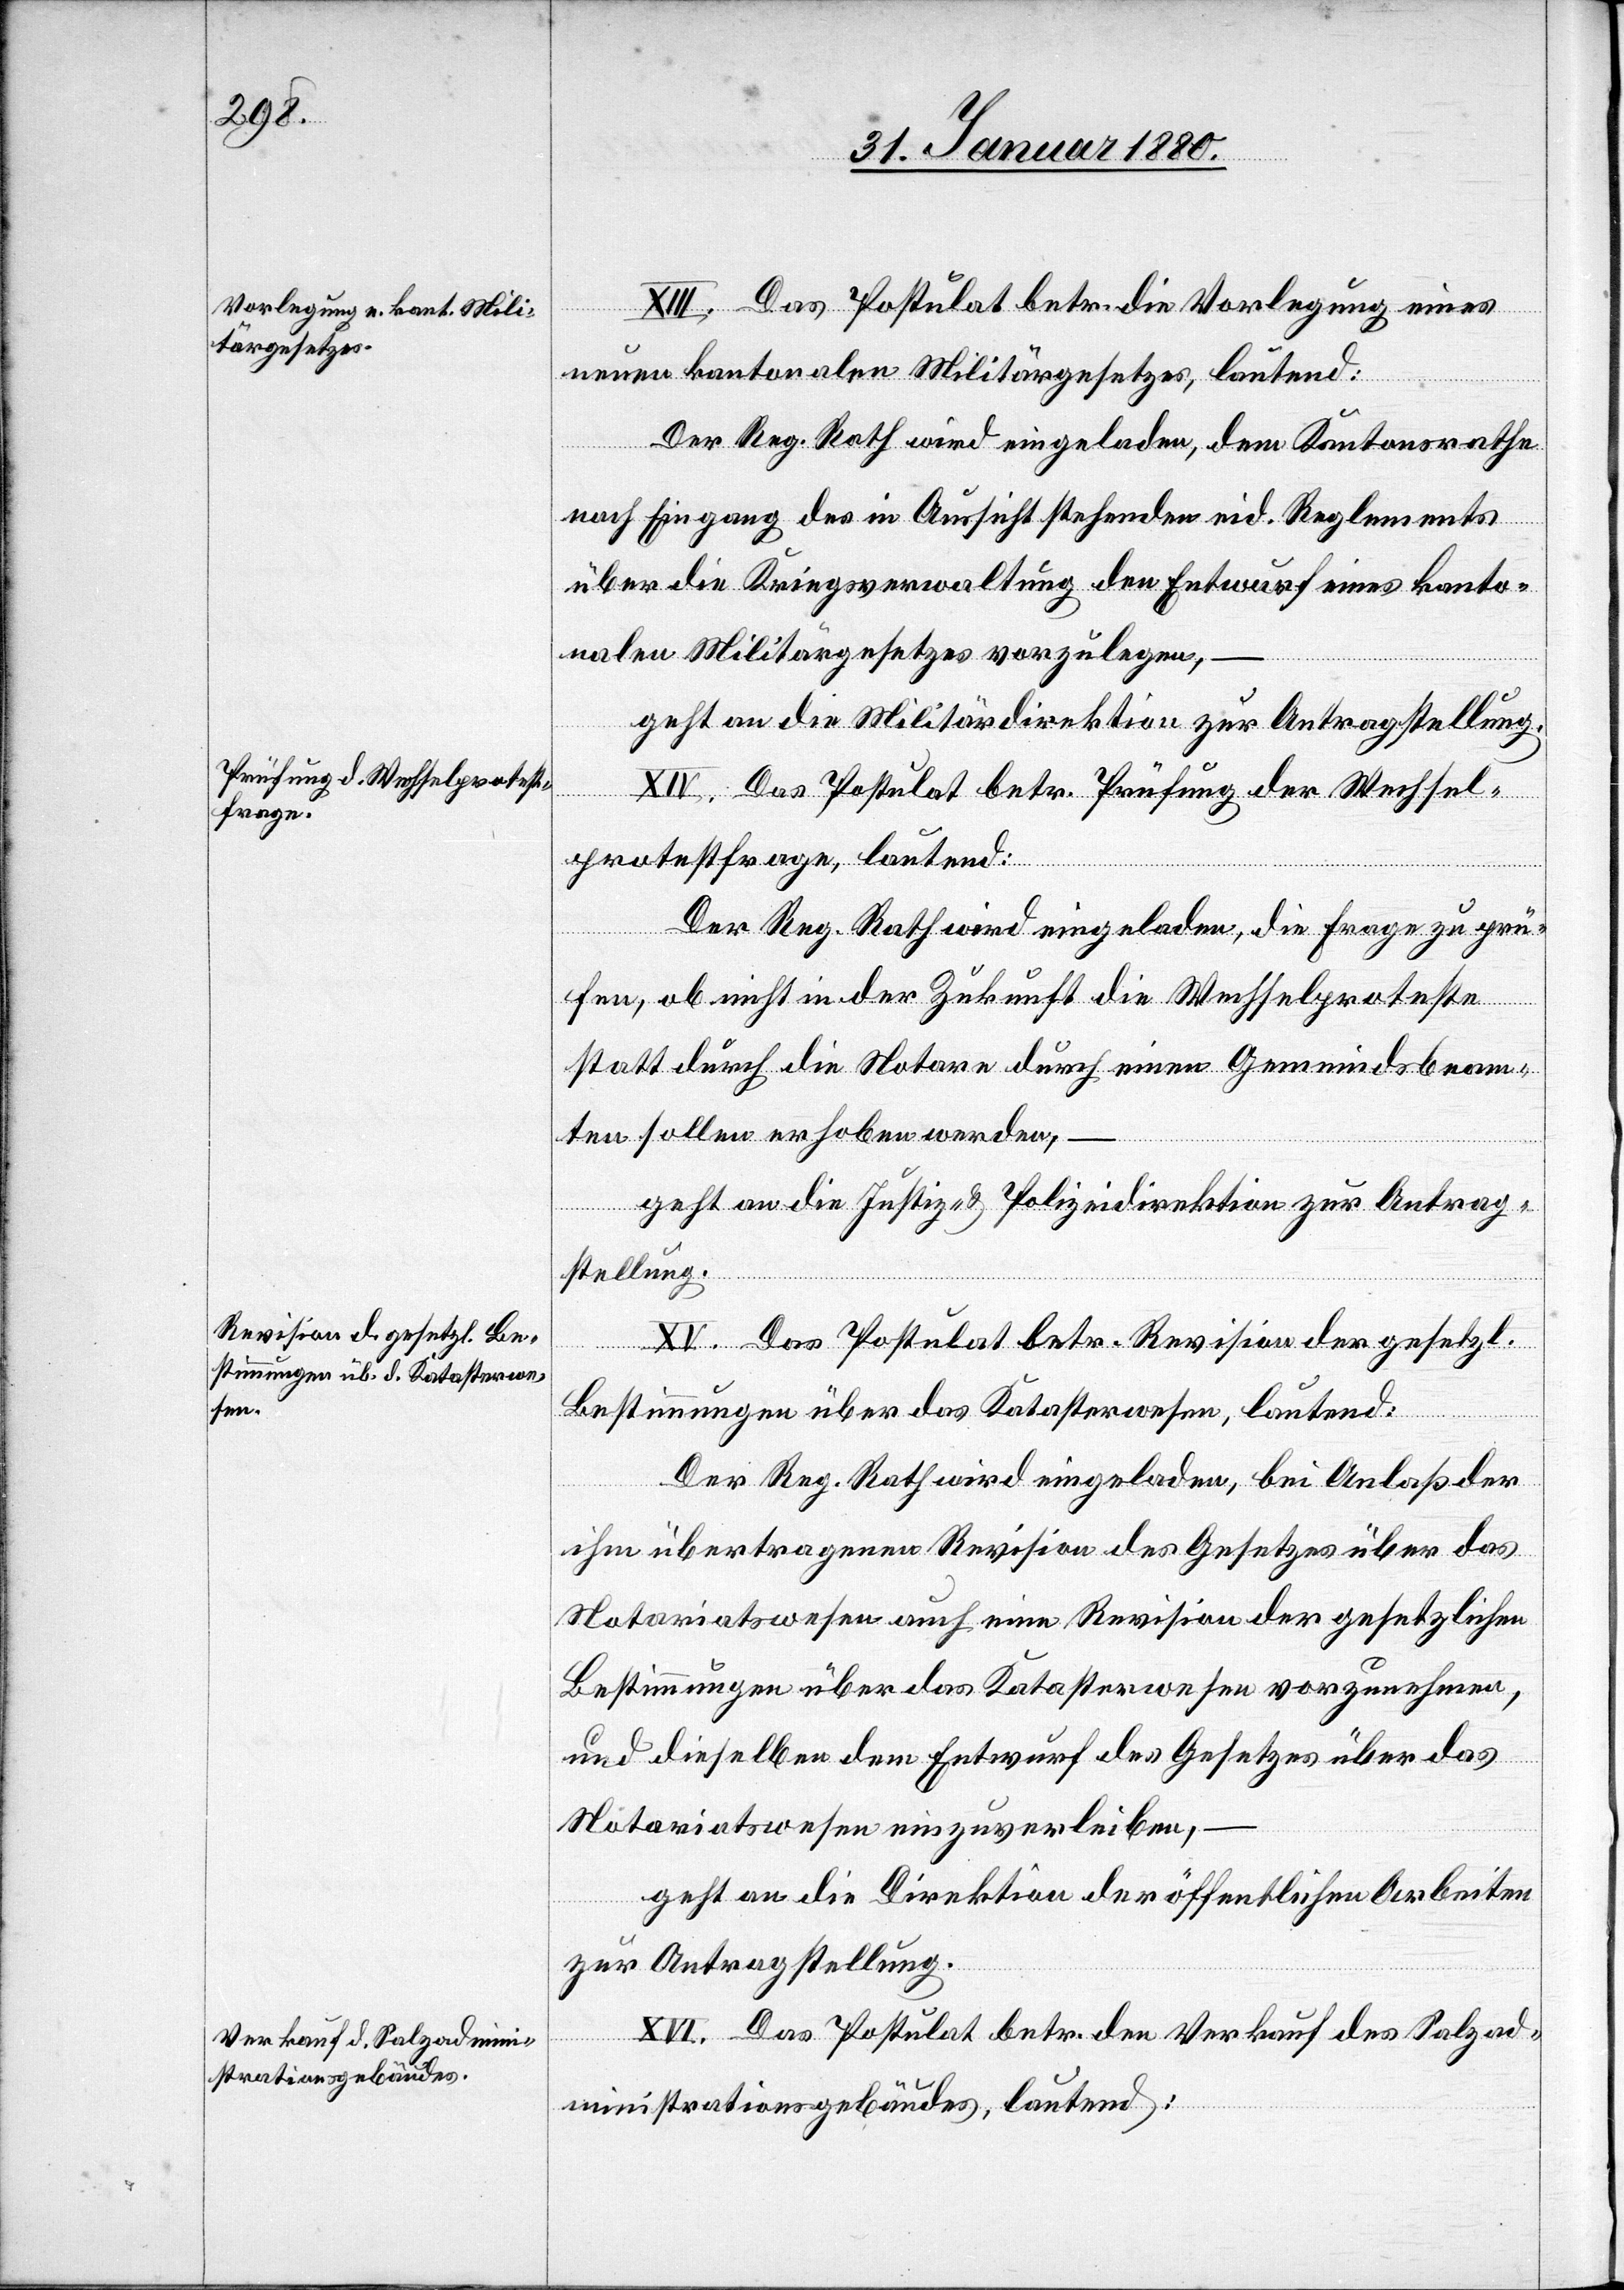
XIII. Das Postulat betr. die Vorlegung eines
neuen kantonalen Militärgesetzes, lautend:
Der Reg. Rath wird eingeladen, dem Kantonsrathe
nach Eingang des in Aussicht stehenden eid. Reglements
über die Kriegsverwaltung den Entwurf eines kanto¬
nalen Militärgesetzes vorzulegen,
geht an die Militärdirektion zur Antragstellung.
setzung
XIV. Das Postulat betr. Prüfung der Wechsel¬
protestfrage, lautend:
Der Reg. Rath wird eingeladen, die Frage zu prü¬
fen, ob nicht in der Zukunft die Wechselproteste
statt durch die Notare durch einen Gemeindsbeam¬
ten sollen erhoben werden,
geht an die Justiz- & Polizeidirektion zur Antrag¬
stellung.
XV. Das Postulat betr. Revision der gesetzl.
Bestimmungen über das Katasterwesen, lautend:
Der Reg. Rath wird eingeladen, bei Anlaß der
ihm übertragenen Revision des Gesetzes über das
Notariatswesen auch eine Revision der gesetzlichen
Bestimmungen über das Katasterwesen vorzunehmen,
und dieselben dem Entwurf des Gesetzes über das
Notariatswesen einzuverleiben,
geht an die Direktion der öffentlichen Arbeiten
zur Antragstellung.
XVI. Das Postulat betr. den Verkauf des Salzad¬
ministrationsgebäudes, lautend: